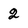
Character: 2